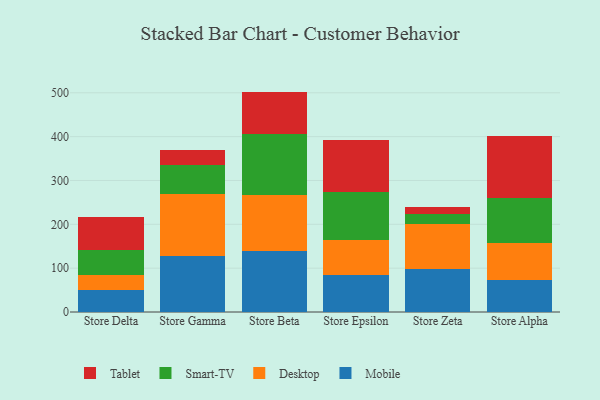
{"axis": {"x": "Store", "y": "Temperature (°C)"}, "legend": ["Desktop", "Mobile", "Smart-TV", "Tablet"], "data": [{"x": "Store Delta", "y": 49.3, "type": "Mobile"}, {"x": "Store Delta", "y": 36.0, "type": "Desktop"}, {"x": "Store Delta", "y": 56.8, "type": "Smart-TV"}, {"x": "Store Delta", "y": 75.1, "type": "Tablet"}, {"x": "Store Gamma", "y": 127.4, "type": "Mobile"}, {"x": "Store Gamma", "y": 141.4, "type": "Desktop"}, {"x": "Store Gamma", "y": 66.6, "type": "Smart-TV"}, {"x": "Store Gamma", "y": 35.2, "type": "Tablet"}, {"x": "Store Beta", "y": 138.1, "type": "Mobile"}, {"x": "Store Beta", "y": 127.7, "type": "Desktop"}, {"x": "Store Beta", "y": 140.9, "type": "Smart-TV"}, {"x": "Store Beta", "y": 96.0, "type": "Tablet"}, {"x": "Store Epsilon", "y": 85.0, "type": "Mobile"}, {"x": "Store Epsilon", "y": 78.1, "type": "Desktop"}, {"x": "Store Epsilon", "y": 109.5, "type": "Smart-TV"}, {"x": "Store Epsilon", "y": 119.7, "type": "Tablet"}, {"x": "Store Zeta", "y": 97.7, "type": "Mobile"}, {"x": "Store Zeta", "y": 102.4, "type": "Desktop"}, {"x": "Store Zeta", "y": 24.0, "type": "Smart-TV"}, {"x": "Store Zeta", "y": 14.7, "type": "Tablet"}, {"x": "Store Alpha", "y": 72.5, "type": "Mobile"}, {"x": "Store Alpha", "y": 86.0, "type": "Desktop"}, {"x": "Store Alpha", "y": 100.9, "type": "Smart-TV"}, {"x": "Store Alpha", "y": 142.3, "type": "Tablet"}]}